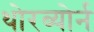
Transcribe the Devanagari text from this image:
थोरब्योर्न